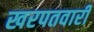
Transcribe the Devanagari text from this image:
खरपतवारी